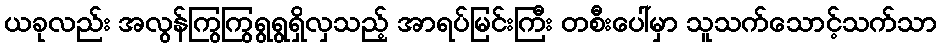
ယခုလည်း အလွန်ကြွကြွရွရွရှိလှသည့် အာရပ်မြင်းကြီး တစီးပေါ်မှာ သူသက်သောင့်သက်သာ